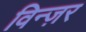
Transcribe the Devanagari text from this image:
विन्ज़र